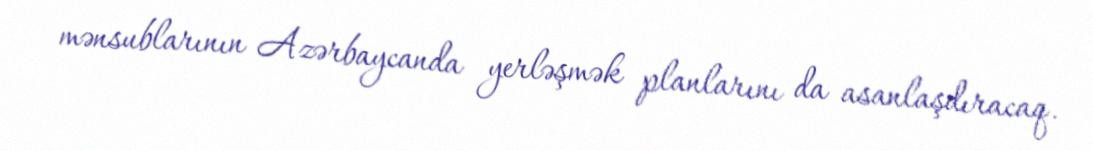
mənsublarının Azərbaycanda yerləşmək planlarını da asanlaşdıracaq.